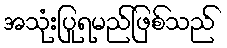
အသုံးပြုရမည်ဖြစ်သည်